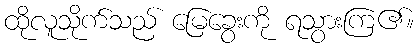
ထိုလူသိုက်သည် မြေခွေးကို ရသွားကြ၏။